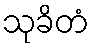
သုခိတံ